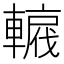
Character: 𨎡